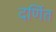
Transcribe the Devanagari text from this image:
दर्णित